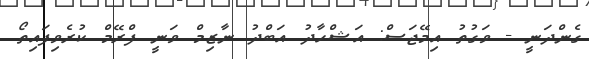
ގެންދަނީ - ވަގުތު އިމޭޖަސް: އަޝްހާދު އަބްދު ނާޒިމް ވަނީ ފްރޭމް ކުރެވިފައިތޯ